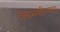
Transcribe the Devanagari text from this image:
वेबमशीनवर